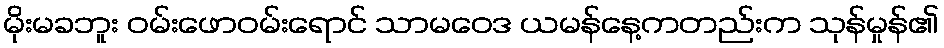
မိုးမခဘူး ဝမ်းဖောဝမ်းရောင် သာမဝေဒ ယမန်နေ့ကတည်းက သုန်မှုန်၏